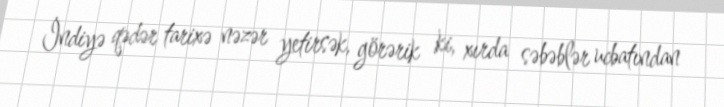
İndiyə qədər tarixə nəzər yetirsək, görərik ki, xırda səbəblər ucbatından